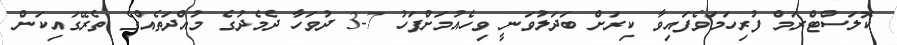
ކޮލަސްޓްރަމް ފުރިހަމަވެފައިވާ ކިރަށް ބަދަލުވަނީ ވިހެއުމަށްފަހު 7-3 ދުވަހާ ދެމެދުގެ މުއްދަތެއްގެ ތެރޭގައިކަން